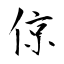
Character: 倞